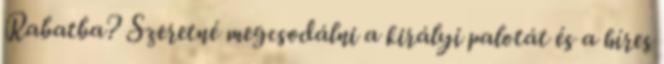
Rabatba? Szeretné megcsodálni a királyi palotát és a híres